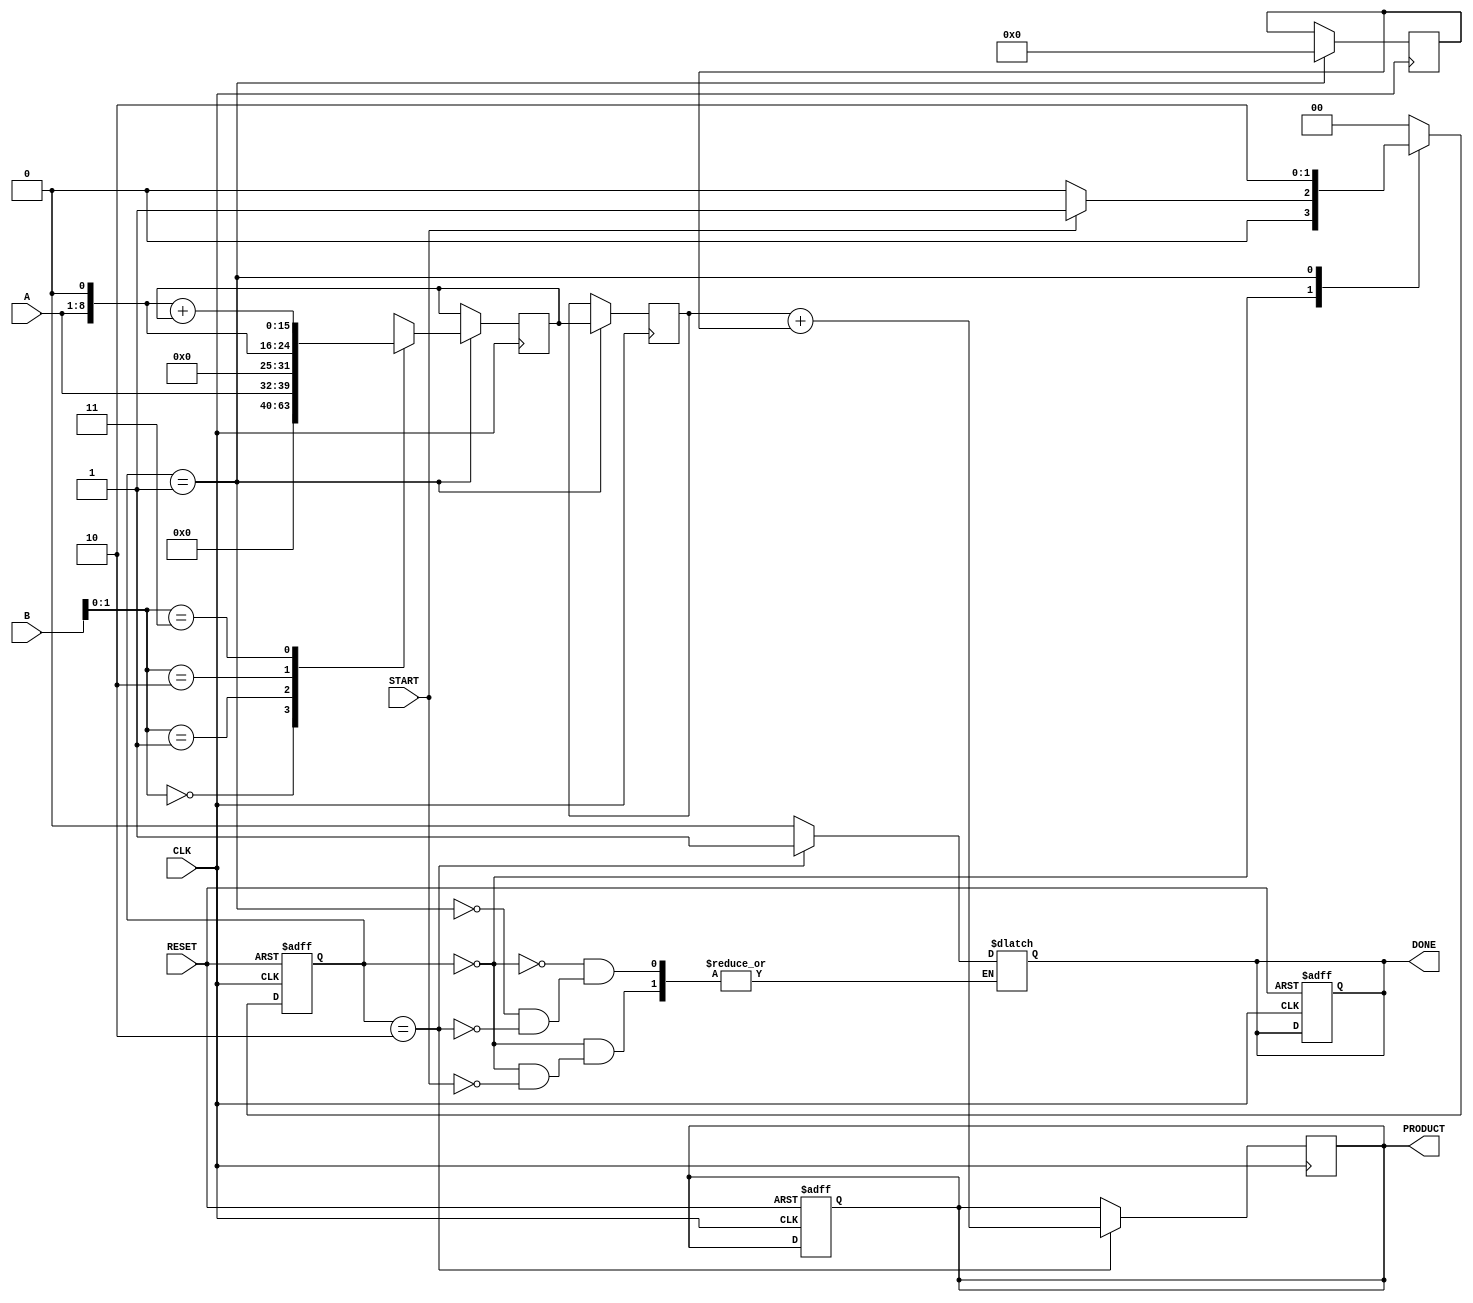
module Radix4WallaceTreeMultiplier #(
    parameter N = 8 // Bit-width of inputs
)(
    input wire [N-1:0] A, // First multiplicand
    input wire [N-1:0] B, // Second multiplicand
    input wire CLK,       // Clock signal
    input wire START,     // Start signal
    input wire RESET,     // Reset signal
    output reg [2*N-1:0] PRODUCT, // Final product
    output reg DONE       // Completion signal
);

// Internal signals
reg [2*N-1:0] partial_products [0:N-1];
reg [2*N-1:0] sums [0:N-1];
reg [N:0] carries [0:N-1];
reg [N:0] final_sum, final_carry;
integer i, j;

// State machine states
localparam IDLE = 0, COMPUTE = 1, FINALIZE = 2;
reg [1:0] state, next_state;

// Generate partial products
always @(posedge CLK or posedge RESET) begin
    if (RESET) begin
        state <= IDLE;
        PRODUCT <= 0;
        DONE <= 0;
    end else begin
        state <= next_state;
    end
end

// State machine
always @(*) begin
    case (state)
        IDLE: begin
            if (START) begin
                next_state = COMPUTE;
                DONE = 0;
            end else begin
                next_state = IDLE;
            end
        end
        COMPUTE: begin
            next_state = FINALIZE;
            DONE = 0;
        end
        FINALIZE: begin
            next_state = IDLE;
            DONE = 1;
        end
        default: next_state = IDLE;
    endcase
end

// Generate partial products based on B
always @(posedge CLK) begin
    if (state == COMPUTE) begin
        for (i = 0; i < N; i = i + 1) begin
            case (B[i*2+:2]) // Radix-4 encoding
                2'b00: partial_products[i] <= 0;
                2'b01: partial_products[i] <= A << (i*2);
                2'b10: partial_products[i] <= (A << (i*2 + 1)); // 2A
                2'b11: partial_products[i] <= (A << (i*2 + 1)) + partial_products[i]; // 3A
                default: partial_products[i] <= 0;
            endcase
        end
    end
end

// Wallace tree reduction
always @(posedge CLK) begin
    if (state == COMPUTE) begin
        // Initialize sums and carries
        for (i = 0; i < N; i = i + 1) begin
            sums[i] <= partial_products[i];
            carries[i] <= 0;
        end
        
        // Reduction process (simplified)
        for (j = 0; j < N; j = j + 1) begin
            // Add three partial products at a time
            if (j < N-1) begin
                {carries[j+1], sums[j+1]} <= sums[j] + sums[j+1] + sums[j+2];
            end
        end
    end
end

// Final addition to get the PRODUCT
always @(posedge CLK) begin
    if (state == FINALIZE) begin
        PRODUCT <= sums[0] + carries[0];
    end
end

endmodule